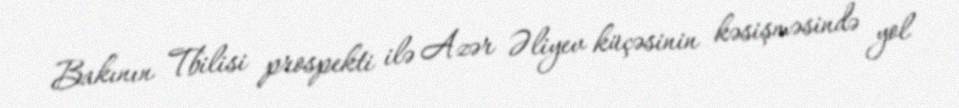
Bakının Tbilisi prospekti ilə Azər Əliyev küçəsinin kəsişməsində yol